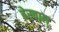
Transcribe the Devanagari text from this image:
बेरवाल्